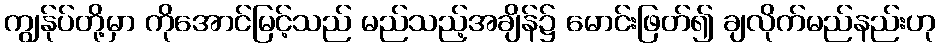
ကျွန်ုပ်တို့မှာ ကိုအောင်မြင့်သည် မည်သည့်အချိန်၌ မောင်းဖြတ်၍ ချလိုက်မည်နည်းဟု